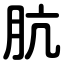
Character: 肮